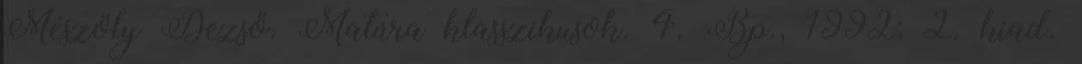
Mészöly Dezső. Matúra klasszikusok. 4. Bp., 1992; 2. kiad.